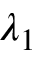
\lambda _ { 1 }